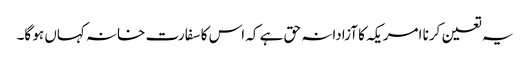
یہ تعین کرنا امریکہ کا آزادانہ حق ہے کہ اس کا سفارت خانہ کہاں ہو گا۔